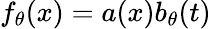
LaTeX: f_{\theta}(x)=a(x)b_{\theta}(t)